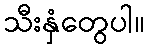
သီးနှံတွေပါ။